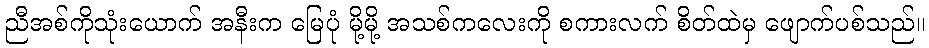
ညီအစ်ကိုသုံးယောက် အနီးက မြေပုံ မို့မို့ အသစ်ကလေးကို စကားလက် စိတ်ထဲမှ ဖျောက်ပစ်သည်။